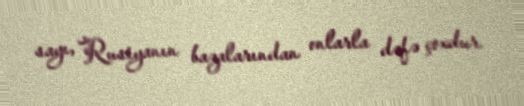
sayı, Rusiyanın bazalarından onlarla dəfə çoxdur.